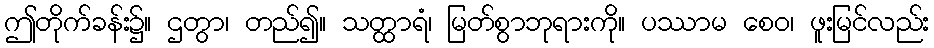
ဤတိုက်ခန်း၌။ ဌတွာ၊ တည်၍။ သတ္ထာရံ၊ မြတ်စွာဘုရားကို။ ပဿာမ စေဝ၊ ဖူးမြင်လည်း